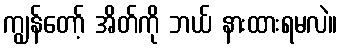
ကျွန်တော့် အိတ်ကို ဘယ် နားထားရမလဲ။